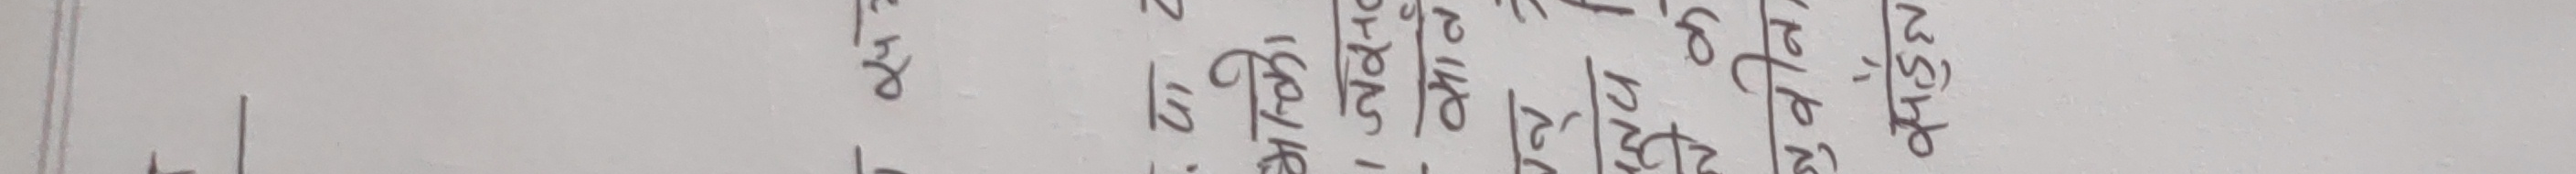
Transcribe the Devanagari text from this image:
२४०
७०
३१०
१३७०
३६०
१८०
१८०
१२०
६०
१२
ओं
प्रश्नो
८
४
१